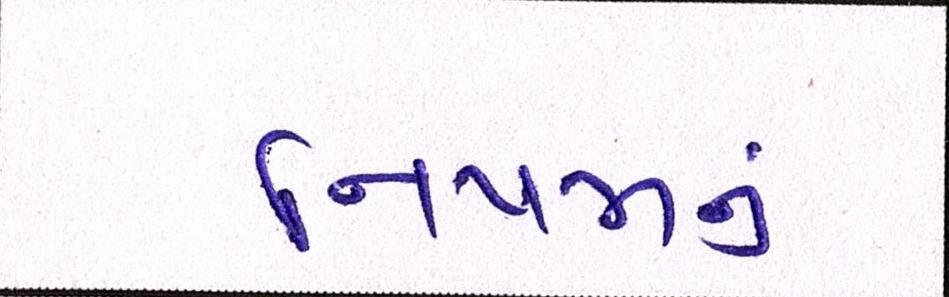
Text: નિયમનું